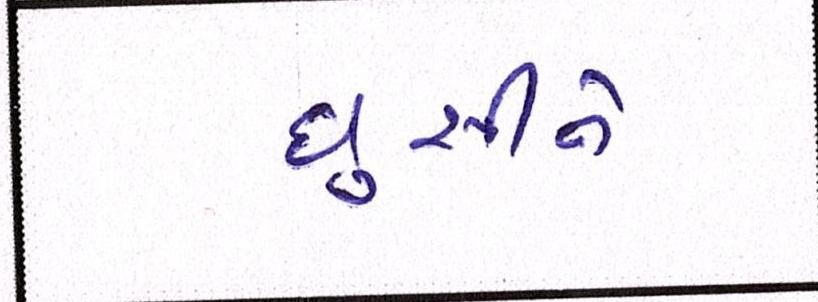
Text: ઘુસીને